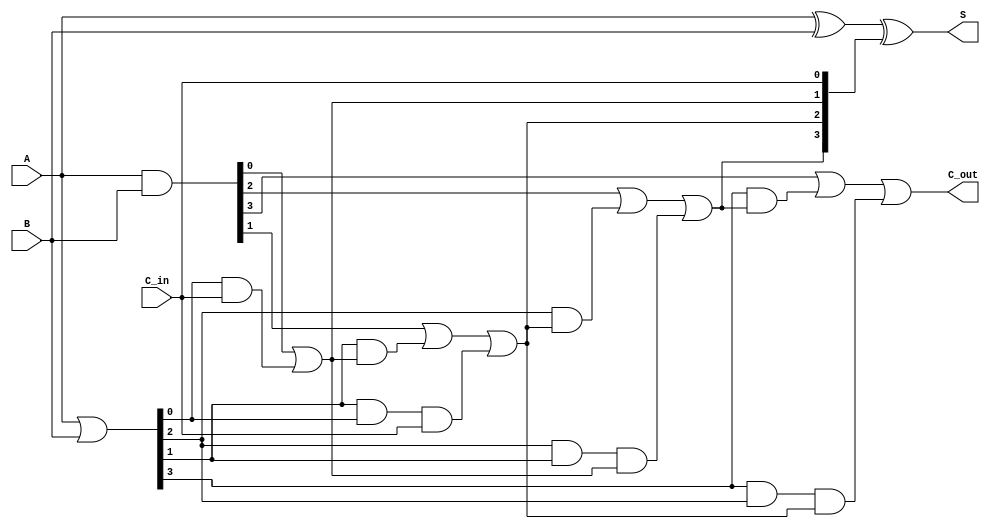
module carry_lookahead_adder #(parameter n = 4) (
    input  [n-1:0] A,      // First n-bit input
    input  [n-1:0] B,      // Second n-bit input
    input         C_in,    // Carry-in
    output [n-1:0] S,      // n-bit sum output
    output        C_out     // Carry-out
);

    // Generate and Propagate signals
    wire [n-1:0] G; // Generate signals
    wire [n-1:0] P; // Propagate signals
    wire [n:0] C;   // Carry signals

    // Generate and Propagate Calculation
    assign G = A & B;          // G[i] = A[i] * B[i]
    assign P = A | B;          // P[i] = A[i] + B[i]

    // Carry Calculation
    assign C[0] = C_in;        // C[0] = C_in
    genvar i;
    generate
        for (i = 0; i < n; i = i + 1) begin : carry_logic
            if (i == 0) begin
                assign C[i + 1] = G[i] | (P[i] & C[i]);
            end else begin
                assign C[i + 1] = G[i] | (P[i] & C[i]) | (P[i] & P[i - 1] & C[i - 1]);
            end
        end
    endgenerate

    // Sum Calculation
    assign S = A ^ B ^ C[n-1:0]; // S[i] = A[i] ^ B[i] ^ C[i]

    // Carry-out output
    assign C_out = C[n];

endmodule